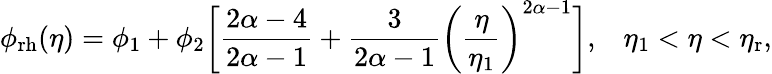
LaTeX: \phi_{\mathrm{rh}}(\eta)=\phi_{1}+\phi_{2}\biggl[\frac{2\alpha-4}{2\alpha-1}+\frac{3}{2\alpha-1}\biggl(\frac{\eta}{\eta_{1}}\biggr)^{2\alpha-1}\biggr],\, \, \, \, \, \eta_{1}<\eta<\eta_{\mathrm{r}},